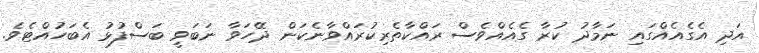
އަދި އެގެއެއްގައި ނަމާދު ކުރާ ގެއެއްވެސް ރައްކާތެރިކުރައްވާނެކަން ދޭހަވާ ނަބަވީ ބަސްފުޅު އެބަހުއްޓެވެ.